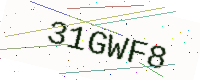
Text: 31GWF8